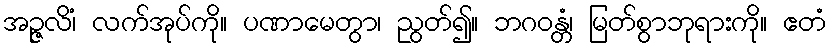
အဉ္ဇလိံ၊ လက်အုပ်ကို။ ပဏာမေတွာ၊ ညွတ်၍။ ဘဂဝန္တံ၊ မြတ်စွာဘုရားကို။ ဧတံ